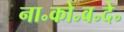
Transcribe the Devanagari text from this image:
ना॰को॰व॰दे॰